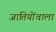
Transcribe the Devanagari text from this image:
जातियोंवाला